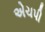
એચપી